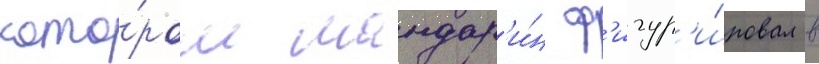
кото́ром мандар'и́н ф'игур'и́ровал в